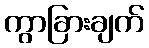
ကွာခြားချက်